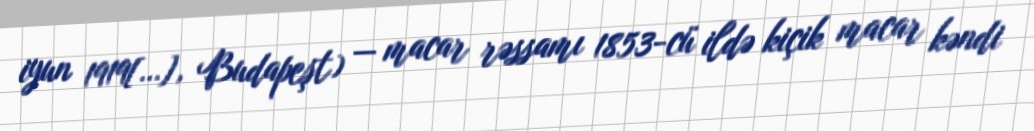
iyun 1919[…], Budapeşt) — macar rəssamı 1853-cü ildə kiçik macar kəndi